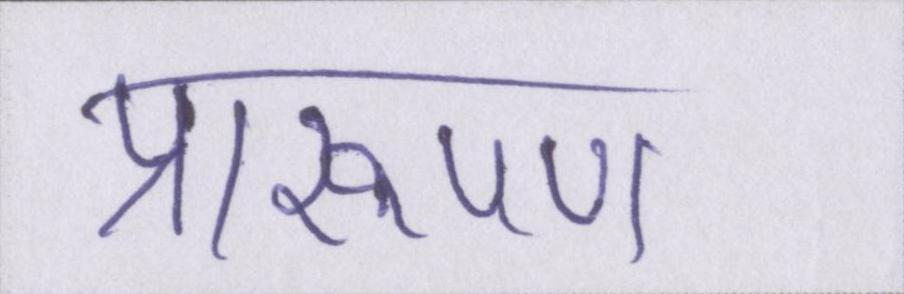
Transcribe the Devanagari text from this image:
प्रारूपण